Report of the Bombay Plague Committee
Disease focus: Plague
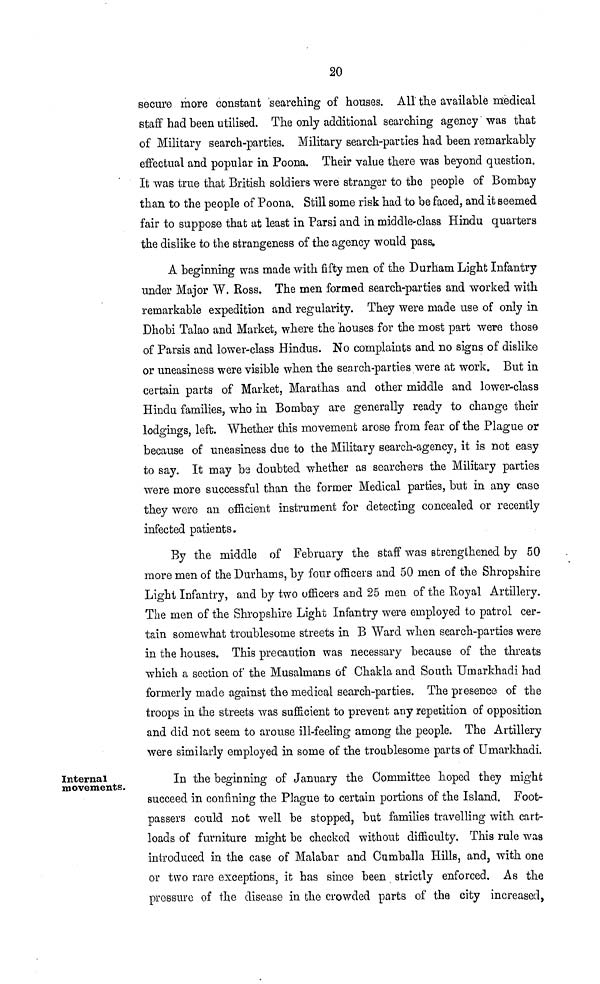
20
secure more constant searching of houses. All the available medical
staff had been utilised. The only additional searching agency was that
of Military search-parties. Military search-parties had been remarkably
effectual and popular in Poona. Their value there was beyond question.
It was true that British soldiers were stranger to the people of Bombay
than to the people of Poona. Still some risk had to be faced, and it seemed
fair to suppose that at least in Parsi and in middle-class Hindu quarters
the dislike to the strangeness of the agency would pass.
A beginning was made with fifty men of the Durham Light Infantry
under Major W. Ross. The men formed search-parties and worked with
remarkable expedition and regularity. They were made use of only in
Dhobi Talao and Market, where the houses for the most part were those
of Parsis and lower-class Hindus. No complaints and no signs of dislike
or uneasiness were visible when the search-parties were at work. But in
certain parts of Market, Marathas and other middle and lower-class
Hindu families, who in Bombay are generally ready to change their
lodgings, left. Whether this movement arose from fear of the Plague or
because of uneasiness due to the Military search-agency, it is not easy
to say. It may be doubted whether as searchers the Military parties
were more successful than the former Medical parties, but in any case
they were an efficient instrument for detecting concealed or recently
infected patients.
By the middle of February the staff was strengthened by 50
more men of the Durhams, by four officers and 50 men of the Shropshire
Light Infantry, and by two officers and 25 men of the Royal Artillery.
The men of the Shropshire Light Infantry were employed to patrol cer-
tain somewhat troublesome streets in B Ward when search-parties were
in the houses. This precaution was necessary because of the threats
which a section of the Musalmans of Chakla and South Umarkhadi had
formerly made against the medical search-parties. The presence, of the
troops in the streets was sufficient to prevent any repetition of opposition
and did not seem to arouse ill-feeling among the people. The Artillery
were similarly employed in some of the troublesome parts of Umarkhadi.
Internal
movements.
In the beginning of January the Committee hoped they might
succeed in confining the Plague to certain portions of the Island. Foot-
passers could not well be stopped, but families travelling with cart-
loads of furniture might be checked without difficulty. This rule was
introduced in the case of Malabar and Cumballa Hills, and, with one
or two rare exceptions, it has since been strictly enforced. As the
pressure of the disease in the crowded parts of the city increased,